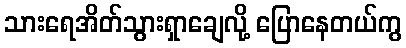
သားရေအိတ်သွားရှာချေလို့ ပြောနေတယ်ကွ